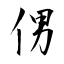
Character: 侽